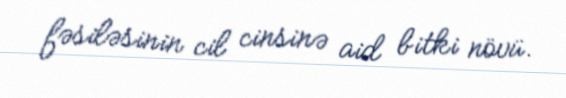
fəsiləsinin cil cinsinə aid bitki növü.